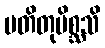
ပတိတုမိစ္ဆသိ